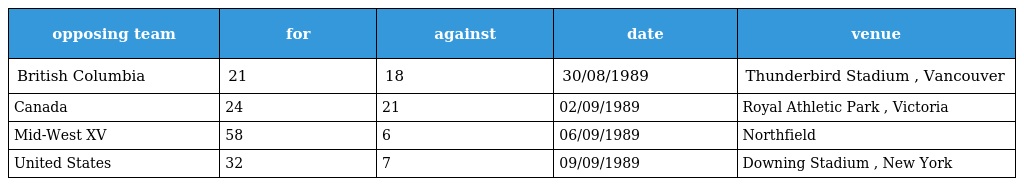
| opposing team | for | against | date | venue |
 | --- | --- | --- | --- | --- |
 | British Columbia | 21 | 18 | 30/08/1989 | Thunderbird Stadium , Vancouver |
 | Canada | 24 | 21 | 02/09/1989 | Royal Athletic Park , Victoria |
 | Mid-West XV | 58 | 6 | 06/09/1989 | Northfield |
 | United States | 32 | 7 | 09/09/1989 | Downing Stadium , New York |